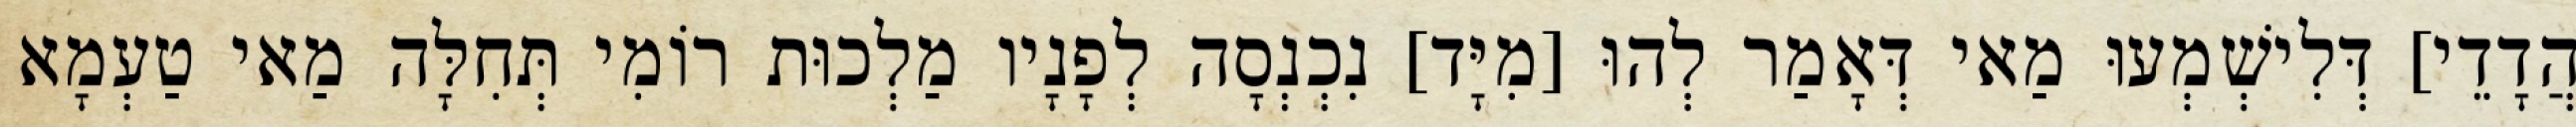
הֲדָדֵי] דְּלִישְׁמְעוּ מַאי דְּאָמַר לְהוּ [מִיָּד] נִכְנְסָה לְפָנָיו מַלְכוּת רוֹמִי תְּחִלָּה מַאי טַעְמָא